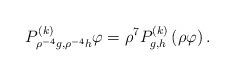
LaTeX: \begin{align*}P_{\rho ^{-4}g,\rho ^{-4}h}^{\left( k\right) }\varphi =\rho^{7}P_{g,h}^{\left( k\right) }\left( \rho \varphi \right) . \end{align*}